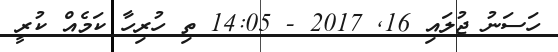
ހަސަނު ޖުލައި 16